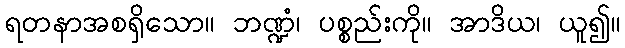
ရတနာအစရှိသော။ ဘဏ္ဍံ၊ ပစ္စည်းကို။ အာဒိယ၊ ယူ၍။